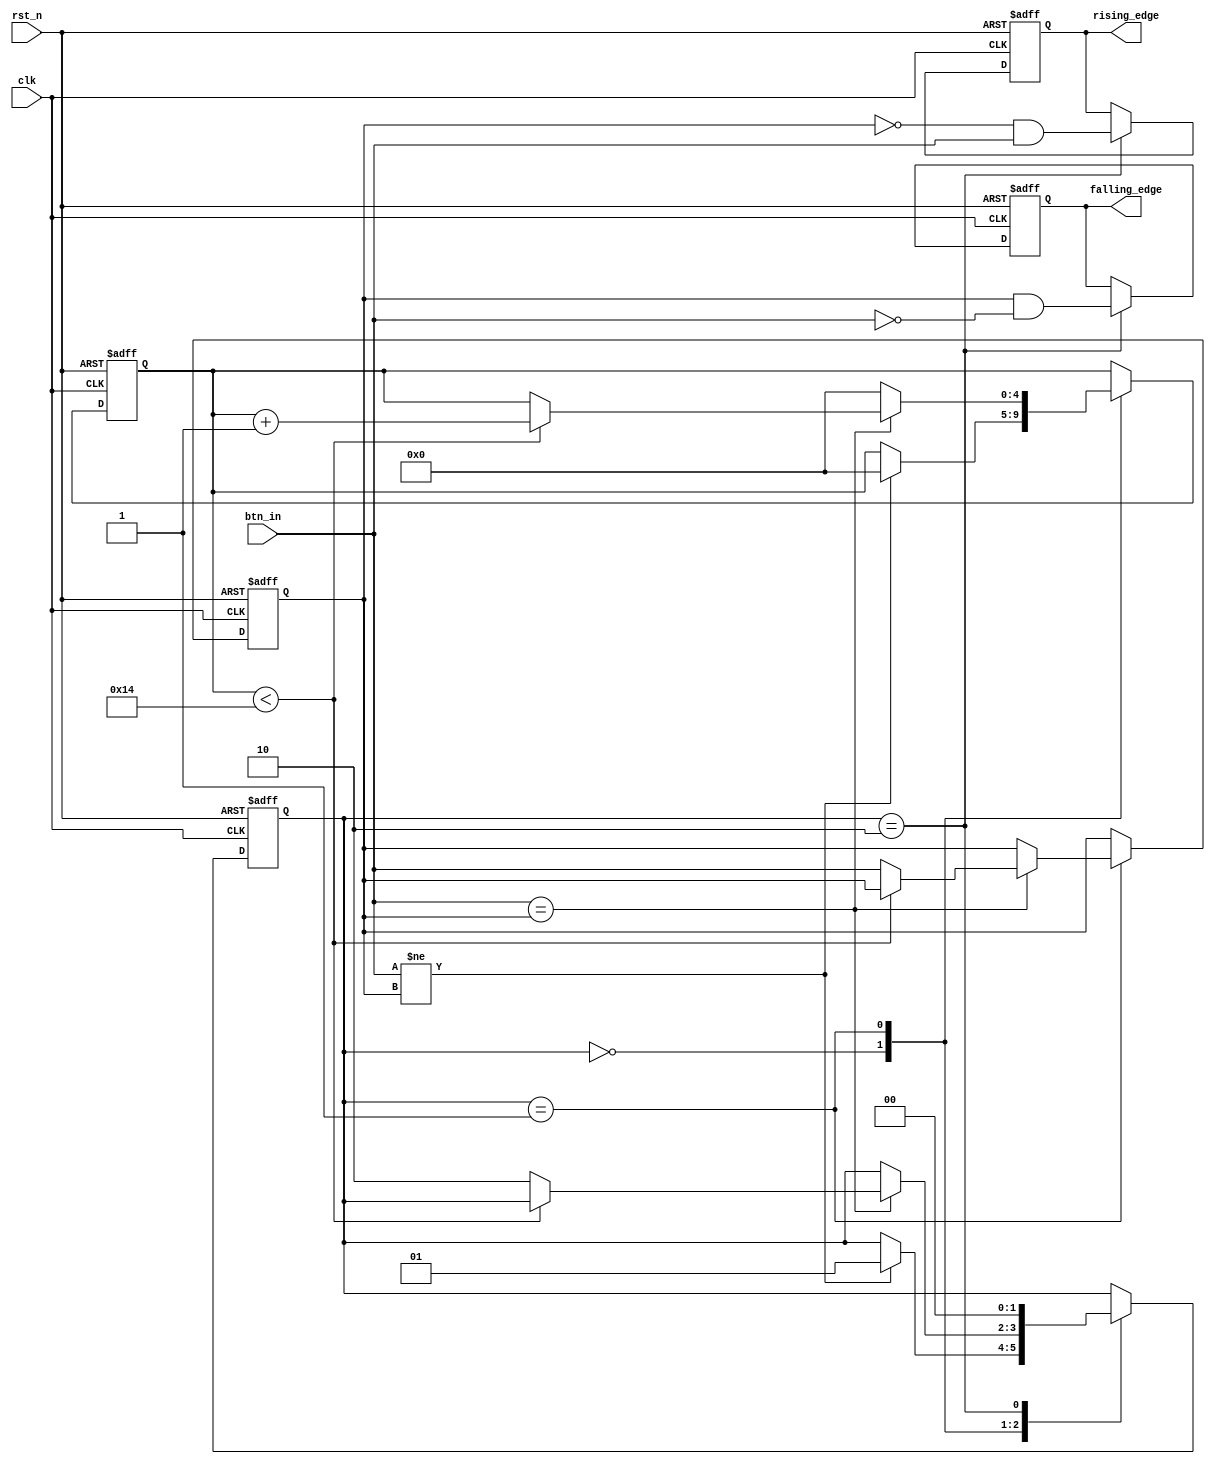
module DebouncedEdgeDetector (
    input wire clk,               // Clock input
    input wire rst_n,             // Active-low reset
    input wire btn_in,            // Input signal (from switch/button)
    output reg rising_edge,       // Output signal for rising edge detection
    output reg falling_edge       // Output signal for falling edge detection
);

    // Parameter for debounce time (in clock cycles)
    parameter DEBOUNCE_TIME = 20; // Adjust value based on clock frequency

    // State definitions for the debouncing logic
    reg [1:0] state;              // Current state
    reg [1:0] next_state;         // Next state
    reg [4:0] debounce_counter;    // Counter for debounce timing
    reg btn_stable;               // Stable state of the button

    // State definition
    localparam BTN_IDLE = 2'b00;
    localparam BTN_DEBOUNCE = 2'b01;
    localparam BTN_STABLE = 2'b10;

    // Debounce and edge detection logic
    always @(posedge clk or negedge rst_n) begin
        if (!rst_n) begin
            state <= BTN_IDLE;
            debounce_counter <= 0;
            btn_stable <= 0;
            rising_edge <= 0;
            falling_edge <= 0;
        end else begin
            // State machine for debounce logic
            case (state)
                BTN_IDLE: begin
                    if (btn_in != btn_stable) begin
                        // Input has changed, start debouncing
                        debounce_counter <= 0;
                        state <= BTN_DEBOUNCE;
                    end
                end

                BTN_DEBOUNCE: begin
                    if (btn_in == btn_stable) begin
                        // If stable state detected, start counting
                        if (debounce_counter < DEBOUNCE_TIME) begin
                            debounce_counter <= debounce_counter + 1;
                        end else begin
                            // Debounce period complete, update stable state
                            btn_stable <= btn_in;
                            state <= BTN_STABLE;
                        end
                    end else begin
                        // Reset counter if the signal changes
                        debounce_counter <= 0;
                    end
                end

                BTN_STABLE: begin
                    // Check for edges
                    rising_edge <= (btn_stable == 0 && btn_in == 1);
                    falling_edge <= (btn_stable == 1 && btn_in == 0);
                    
                    // Return to idle state
                    state <= BTN_IDLE;
                end
            endcase
        end
    end

endmodule